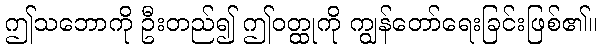
ဤသဘောကို ဦးတည်၍ ဤဝတ္ထုကို ကျွန်တော်ရေးခြင်းဖြစ်၏။